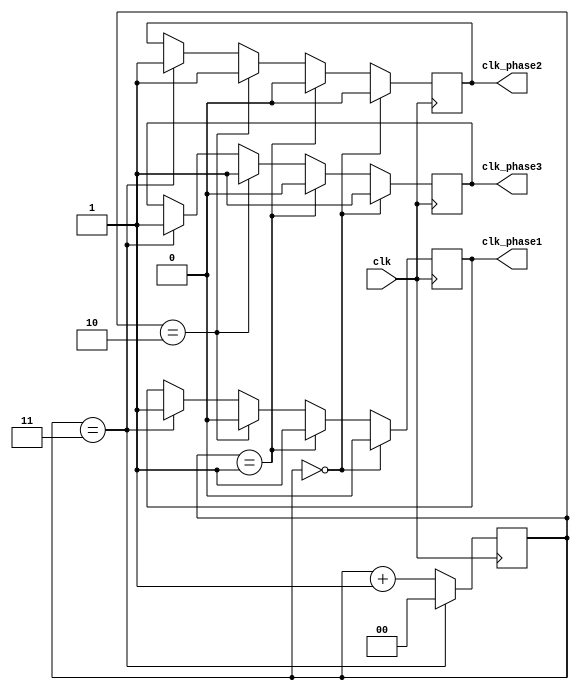
module multi_phase_clock_divider (
    input wire clk,
    output reg clk_phase1,
    output reg clk_phase2,
    output reg clk_phase3
);

reg [1:0] count;

always @(posedge clk) begin
    if (count == 2'b00) begin
        clk_phase1 <= 1'b0;
        clk_phase2 <= 1'b0;
        clk_phase3 <= 1'b1;
    end else if (count == 2'b01) begin
        clk_phase1 <= 1'b1;
        clk_phase2 <= 1'b0;
        clk_phase3 <= 1'b0;
    end else if (count == 2'b10) begin
        clk_phase1 <= 1'b0;
        clk_phase2 <= 1'b1;
        clk_phase3 <= 1'b1;
    end else if (count == 2'b11) begin
        clk_phase1 <= 1'b1;
        clk_phase2 <= 1'b1;
        clk_phase3 <= 1'b1;
    end
end

always @(posedge clk) begin
    if (count == 2'b11) begin
        count <= 2'b00;
    end else begin
        count <= count + 1;
    end
end

endmodule